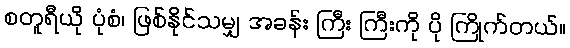
စတူရီယို ပုံစံ၊ ဖြစ်နိုင်သမျှ အခန်း ကြီး ကြီးကို ပို ကြိုက်တယ်။